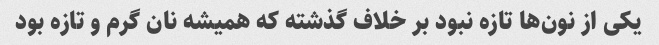
یکی از نون‌ها تازه نبود بر خلاف گذشته که همیشه نان گرم و تازه بود